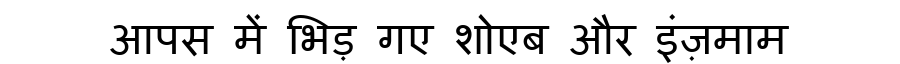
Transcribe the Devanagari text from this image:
आपस में भिड़ गए शोएब और इंज़माम